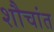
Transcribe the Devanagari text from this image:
शौचांत